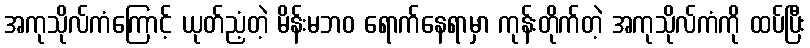
အကုသိုလ်ကံကြောင့် ယုတ်ညံ့တဲ့ မိန်းမဘဝ ရောက်နေရာမှာ ကုန်းတိုက်တဲ့ အကုသိုလ်ကံကို ထပ်ပြီး